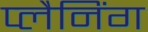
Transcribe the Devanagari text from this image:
प्‍लैनिंग